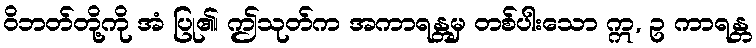
ဝိဘတ်တို့ကို အံ ပြု၏၊ ဤသုတ်က အကာရန္တမှ တစ်ပါးသော ဣ, ဥ ကာရန္တ